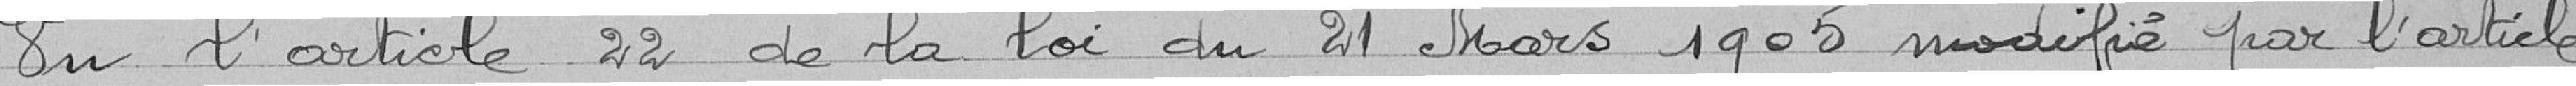
Vu l'article 22 de la loi du 21 Mars 1905 modifié par par l'article